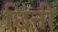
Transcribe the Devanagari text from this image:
छिनी